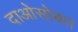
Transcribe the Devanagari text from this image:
दाओसोबत